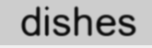
dishes